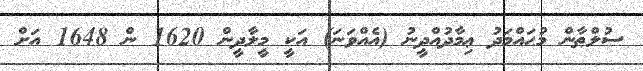
ސުލްޠާން މުޙައްމަދު ޢިމާދުއްދީނު (އެއްވަނަ) އަކީ މީލާދީން 1620 ން 1648 އަށް